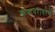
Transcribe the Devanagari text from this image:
कणाबरोबरच